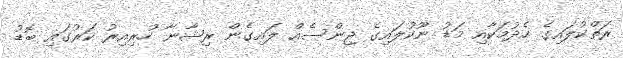
ރަތްކުލައިގެ ހެދުމަކާއި މަޑު ނޫކުލައިގެ ޖިންސެއް ލައިގެން ރިޝާނާ ހުރިއިރު ކަރުގައި ބޮޑު